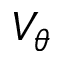
V _ { \theta }